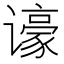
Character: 𬤫